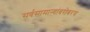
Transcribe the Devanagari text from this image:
सर्वसामान्यांबरोबरच